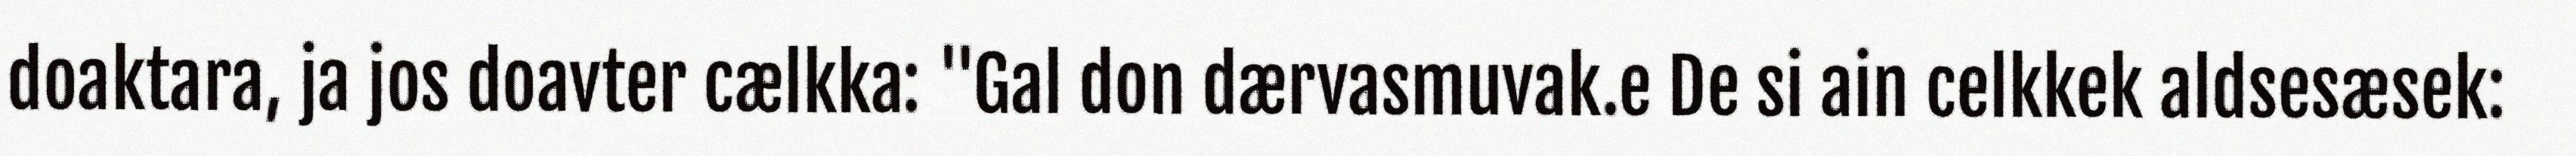
doaktara, ja jos doavter cælkka: "Gal don dærvasmuvak.e De si ain celkkek aldsesæsek: